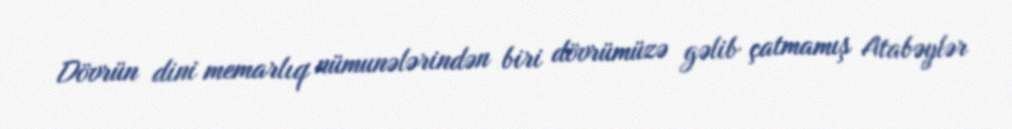
Dövrün dini memarlıq nümunələrindən biri dövrümüzə gəlib çatmamış Atabəylər